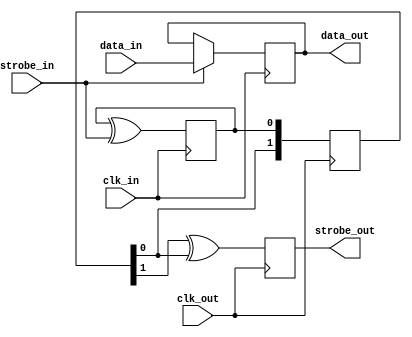
module strobe(
			clk_in,
			clk_out,
			strobe_in,
			strobe_out,
			data_in,
			data_out
			);
			
parameter WIDTH = 1;
parameter DELAY = 2; // 2 for metastability, larger for testing
	
	
input clk_in;
input clk_out;
input strobe_in;
output strobe_out;
input [WIDTH-1:0] data_in;
output [WIDTH-1:0] data_out;

reg strobe_out;

`define CLOCK_CROSS
`ifdef CLOCK_CROSS
	reg flag;
	reg prev_strobe;
	reg [DELAY:0] sync;
	reg [WIDTH-1:0] data;

	initial begin
		flag = 0;
		prev_strobe = 0;
		sync[DELAY:0] = 0;
		data[WIDTH-1:0] = 0;
	end

	// flip the flag and clock in the data when strobe is high
	always @(posedge clk_in) begin
		//if ((strobe_in && !prev_strobe)
		//|| (!strobe_in &&  prev_strobe))
		flag <= flag ^ strobe_in;

		if (strobe_in)
			data <= data_in;

		prev_strobe <= strobe_in;
	end

	// shift through a chain of flipflop to ensure stability
	always @(posedge clk_out)
		sync <= { sync[DELAY-1:0], flag };

	//assign strobe_out = sync[DELAY] ^ sync[DELAY-1];
	always @(posedge clk_out)
	    strobe_out <= sync[DELAY-1] ^ sync[DELAY-2];

	assign data_out = data;
`else
	assign strobe_out = strobe_in;
	assign data_out = data_in;
`endif
endmodule


module dflip(
	input clk,
	input in,
	output out
);
	reg [2:0] d;

	always @(posedge clk)
		d <= { d[1:0], in };
	assign out = d[2];
endmodule